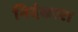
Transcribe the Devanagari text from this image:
निदंकारा